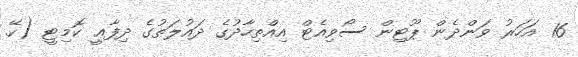
16 އަހަރު ވަންދެން ޕޫޓިން ސޯވިއެޓް އިއްތިހާދުގެ ދައުލަތުގެ ދިފާޢީ ކޮމިޓީ (ކޭ.